画像に写った文字を読んでください
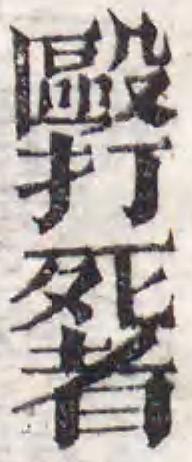
「毆打死者」と書いてあります